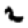
Digit: 2